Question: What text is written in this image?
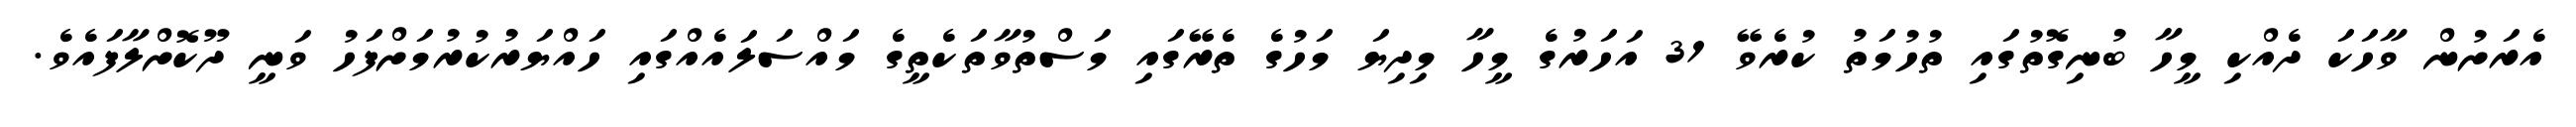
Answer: އެރަށުން ވާހަކަ ދެއްކި މީހާ ބުނިގޮތުގައި ތުހުމަތު ކުރެވޭ 31 އަހަރުގެ މީހާ މިދިޔަ މަހުގެ ތެރޭގައި މަސްތުވާތަކެތީގެ މައްސަލައެއްގައި ހައްޔަރުކުރުމަށްފަހު ވަނީ ދޫކޮށްލާފައެވެ.